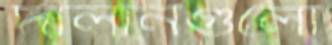
দালানগুলো